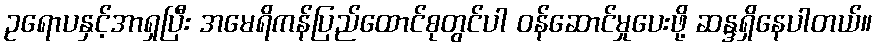
ဥရောပနှင့်အာရှပြီး အမေရိကန်ပြည်ထောင်စုတွင်ပါ ဝန်ဆောင်မှုပေးဖို့ ဆန္ဒရှိနေပါတယ်။